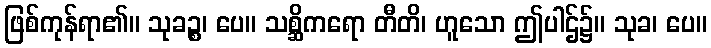
ဖြစ်ကုန်ရာ၏။ သုခဉ္စ၊ ပေ။ သစ္ဆိကရော တီတိ၊ ဟူသော ဤပါဌ်၌။ သုခ၊ ပေ။